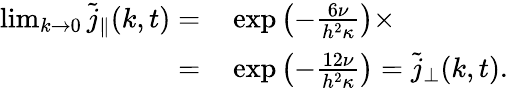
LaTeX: \begin{array}{rl}{\operatorname*{lim}_{k\to 0}\tilde{j}_{\parallel}(k,t)=}&{{}\exp\left(-\frac{6\nu}{h^{2}\kappa}\right)\times}\\ {=}&{{}\exp\left(-\frac{12\nu}{h^{2}\kappa}\right)=\tilde{j}_{\perp}(k,t).}\end{array}